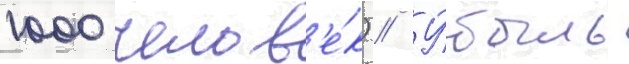
1000 челов'е́к) // У́быль